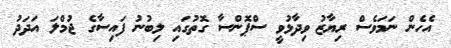
އެހެން ނަމަވެސް ރިޔާޒު ވިދާޅުވީ ސްޕޮންސާ ގޮތުގައި ލިބުނު ފައިސާގެ ޖުމްލަ އަދަދު